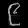
Digit: ၉